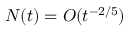
N ( t ) = O ( t ^ { - 2 / 5 } )